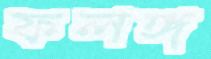
ফলঙ্গ